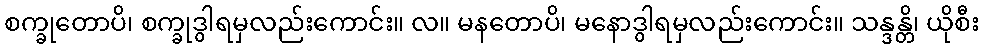
စက္ခုတောပိ၊ စက္ခုဒွါရမှလည်းကောင်း။ လ။ မနတောပိ၊ မနောဒွါရမှလည်းကောင်း။ သန္ဒန္တိ၊ ယိုစီး